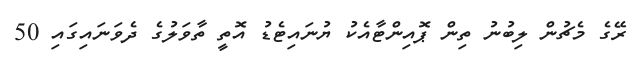
ރޭގެ މެޗުން ލިބުނު ތިން ޕޮއިންޓާއެކު ޔުނައިޓެޑު އޮތީ ތާވަލުގެ ދެވަނައިގައި 50